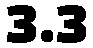
3.3